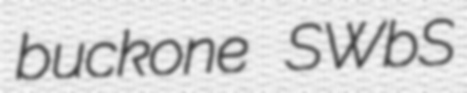
buckone SWbS